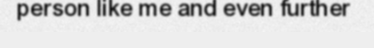
person like me and even further